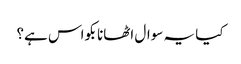
کیا یہ سوال اٹھانا بکواس ہے؟